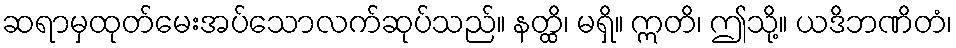
ဆရာမှထုတ်မေးအပ်သောလက်ဆုပ်သည်။ နတ္ထိ၊ မရှိ။ ဣတိ၊ ဤသို့။ ယဒိဘဏိတံ၊